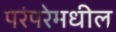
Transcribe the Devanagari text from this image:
परंपरेमधील